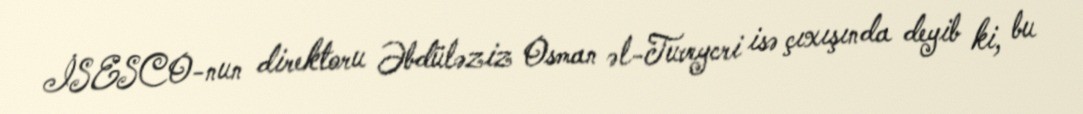
İSESCO-nun direktoru Əbdüləziz Osman əl-Tuveycri isə çıxışında deyib ki, bu